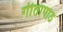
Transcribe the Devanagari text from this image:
गीतापाठ